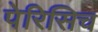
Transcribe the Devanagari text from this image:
पेरिसिच